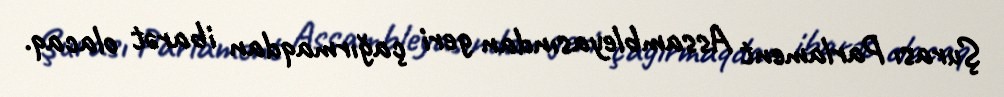
Şurası Parlament Assambleyasından geri çağırmaqdan ibarət olacaq.